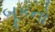
બૂકનો